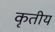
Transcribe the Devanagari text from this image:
कृतीय